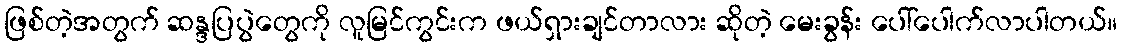
ဖြစ်တဲ့အတွက် ဆန္ဒပြပွဲတွေကို လူမြင်ကွင်းက ဖယ်ရှားချင်တာလား ဆိုတဲ့ မေးခွန်း ပေါ်ပေါက်လာပါတယ်။